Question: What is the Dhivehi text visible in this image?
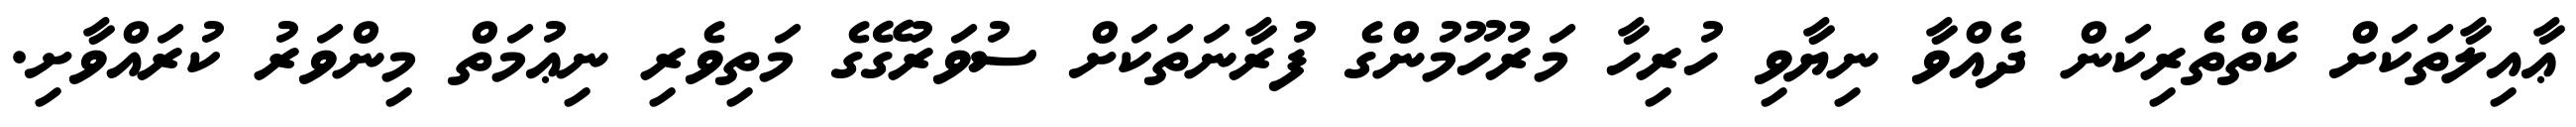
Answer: ޢާއިލާތަކަށް ކެތްތެރިކަން ދެއްވާ ނިޔާވި ހުރިހާ މަރުހޫމުންގެ ފުރާނަތަކަށް ސުވަރުގޭގެ މަތިވެރި ނިޢުމަތް މިންވަރު ކުރައްވާށި.